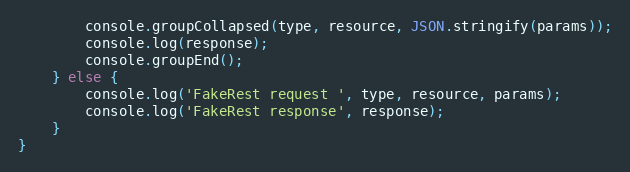
Language: JavaScript
        console.groupCollapsed(type, resource, JSON.stringify(params));
        console.log(response);
        console.groupEnd();
    } else {
        console.log('FakeRest request ', type, resource, params);
        console.log('FakeRest response', response);
    }
}